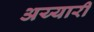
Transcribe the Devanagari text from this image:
अय्यारी